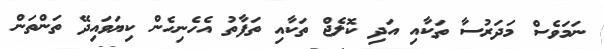
ނަމަވެސް މަދަރުސާ ތަކާއި އަދި ކޮލެޖް ތަކާއި ތަފާތު އެހެނިހެން ކިޔަވައިދޭ ތަންތަން